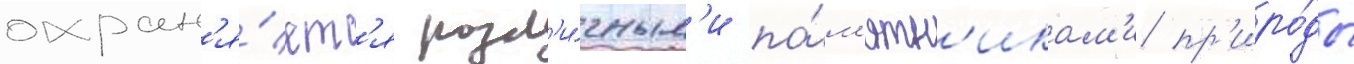
охран'я́етс'я разл'и́чным'и па́м'ятн'икам'и пр'иро́ды